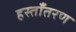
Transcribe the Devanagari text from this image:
हस्ताँतरण